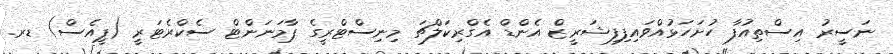
ނަސީރު އިސްތިއުފާ ހުށަހަޅުއްވައިފިފިޝަރީޒް އެންޑް އެގްރިކަލްޗަ މިނިސްޓްރީގެ ޕާމަނަންޓް ސެކްރެޓަރީ (ޕީއެސް) ޑރ.